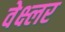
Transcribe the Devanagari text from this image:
वेक्ष्लर